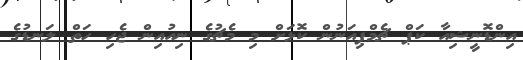
އިންޑޮނީޝިއާ ކަޕް ޗެމްޕިއަނުން ކޮޅަށް މި މެޗުގެ ނިއުއިން ޖެހި ހަތް ލަނޑުގެ